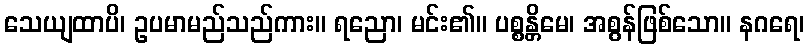
သေယျထာပိ၊ ဥပမာမည်သည်ကား။ ရညော၊ မင်း၏။ ပစ္စန္တိမေ၊ အစွန်ဖြစ်သော။ နဂရေ၊